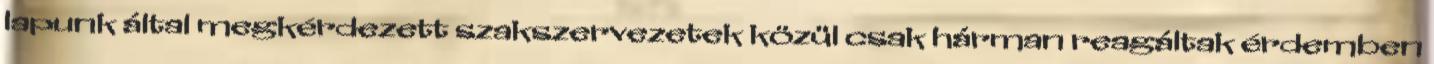
lapunk által megkérdezett szakszervezetek közül csak hárman reagáltak érdemben